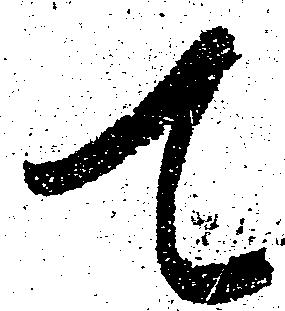
て